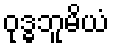
ဝုဒ္ဓဘူမိယံ